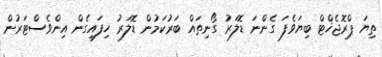
ތިޔަ ޕްރޮޖެޚްޓް ބިޔަވެފަ ގެންނަ ޑޮލަރު ގޯނިތައް ބަރުކަމުން ޑޮލަރު ހިފައިގެން އިންވެސްޓަރުން